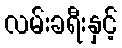
လမ်းခရီးနှင့်